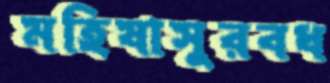
মহিষাসুরবধ